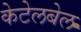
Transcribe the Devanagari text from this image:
केटेलबेल